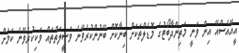
އީއޭއެސްއޭ އިން ވަނީ މަތިންދާބޯޓުގެ މޮޑެލްތަކަށް ބިނާކޮށް ބޭނުންކުރެވޭނެ ވަސީލަތްތައް ވަކިކުރެވޭނެ ކަމަށް